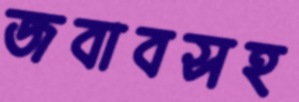
জবাবসহ